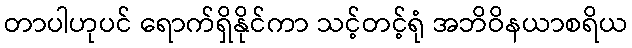
တာပါဟုပင် ရောက်ရှိနိုင်ကာ သင့်တင့်ရုံ အဘိဝိနယာစရိယ